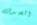
الصدف